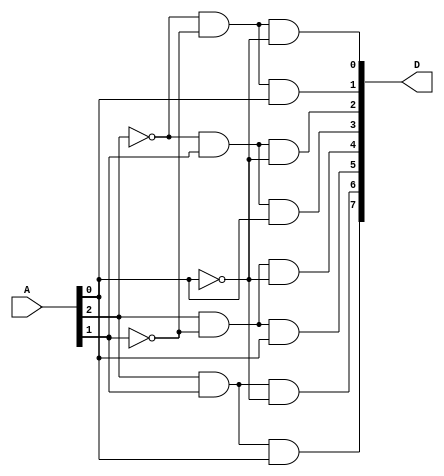
module Ex2(A,D);
	input wire [2:0]A;
	output wire [7:0]D;
	assign D[7]=A[2]&&A[1]&&A[0];	
	assign D[6]=A[2]&&A[1]&&~A[0];	
	assign	D[5]=A[2]&&~A[1]&&A[0];	
	assign D[4]=A[2]&&~A[1]&&~A[0];	
	assign D[3]=~A[2]&&A[1]&&A[0];	
	assign D[2]=~A[2]&&A[1]&&~A[0];	
	assign D[1]=~A[2]&&~A[1]&&A[0];	
	assign D[0]=~A[2]&&~A[1]&&~A[0];	
endmodule